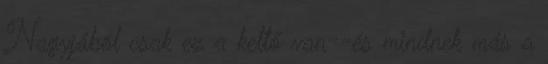
Nagyjából csak ez a kettő van--és mindnek más a